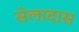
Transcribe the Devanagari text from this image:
सेलादास